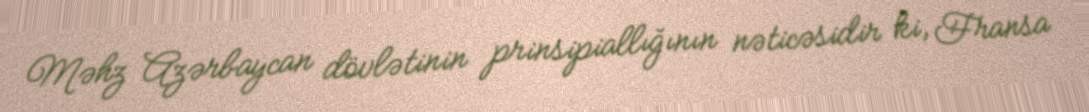
Məhz Azərbaycan dövlətinin prinsipiallığının nəticəsidir ki, Fransa